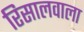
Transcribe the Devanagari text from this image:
रिसालवाला